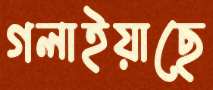
গলাইয়াছে